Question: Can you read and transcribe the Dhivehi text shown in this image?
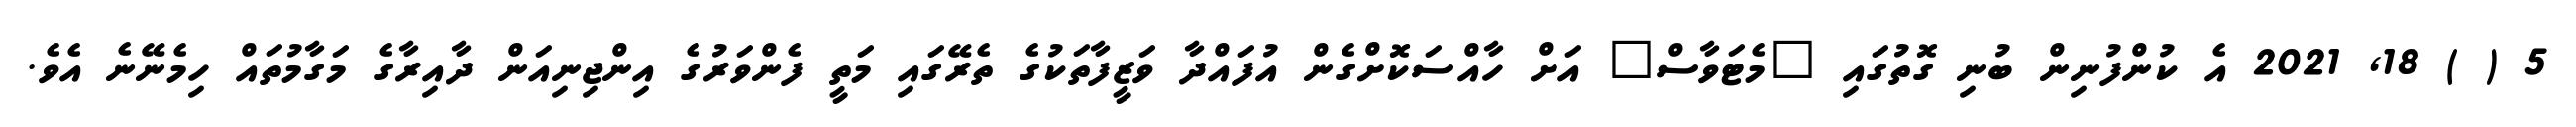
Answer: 5 ( ) 18, 2021 އެ ކުންފުނިން ބުނި ގޮތުގައި "މެޓަވާސް" އަށް ހާއްސަކޮށްގެން އުފައްދާ ވަޒީފާތަކުގެ ތެރޭގައި މަތީ ފެންވަރުގެ އިންޖިނިއަން ދާއިރާގެ މަގާމުތައް ހިމެނޭނެ އެވެ.